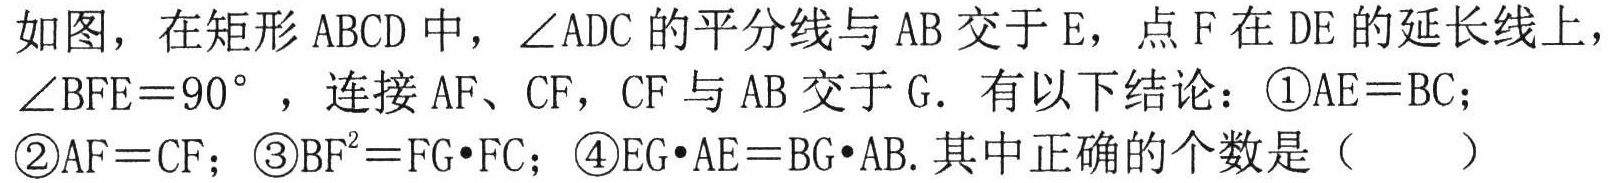
如图，在矩形 \(ABCD\)中，\(\angle ADC\)的平分线与 \(AB\)交于 \(E\)，点 \(F\)在 \(DE\)的延长线上，\(\angle BFE = 90^{\circ}\) ，连接 \(AF\)、\(CF\)，\(CF\)与 \(AB\)交于 \(G\). 有以下结论：\textcircled{1}\(AE = BC\)；\textcircled{2}\(AF = CF\)；\textcircled{3}\(BF^{2}=FG\cdot FC\)；\textcircled{4}\(EG\cdot AE = BG\cdot AB\).其中正确的个数是（ ）